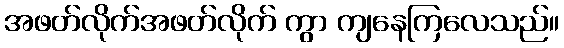
အဖတ်လိုက်အဖတ်လိုက် ကွာ ကျနေကြလေသည်။